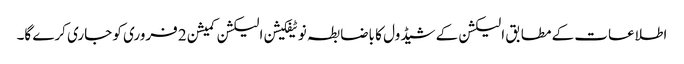
اطلاعات کے مطابق الیکشن کے شیڈول کا باضابطہ نوٹیفکیشن الیکشن کمیشن 2 فروری کو جاری کرے گا۔